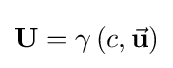
\mathbf {U} =\gamma \left(c,{\vec {\mathbf {u} }}\right)